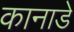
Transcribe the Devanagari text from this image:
कानाडे